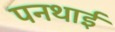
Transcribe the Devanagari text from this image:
पनथाई